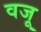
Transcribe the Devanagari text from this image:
वजू